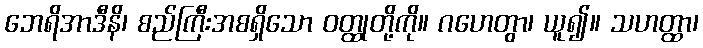
ဘေရိအာဒီနိ၊ စည်ကြီးအစရှိသော ဝတ္ထုတို့ကို။ ဂဟေတွာ၊ ယူ၍။ သဟတ္ထာ၊